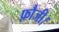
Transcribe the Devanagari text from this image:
फ़ौजी।